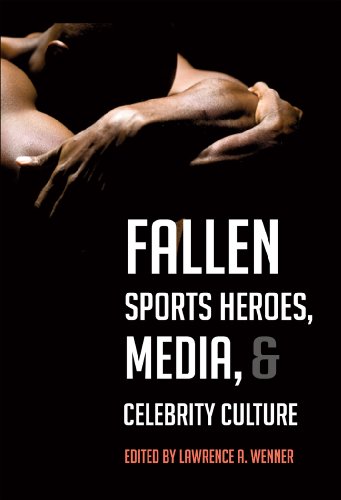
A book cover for Fallen Sports Heroes, Media, & Celebrity Culture; Arts & Photography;